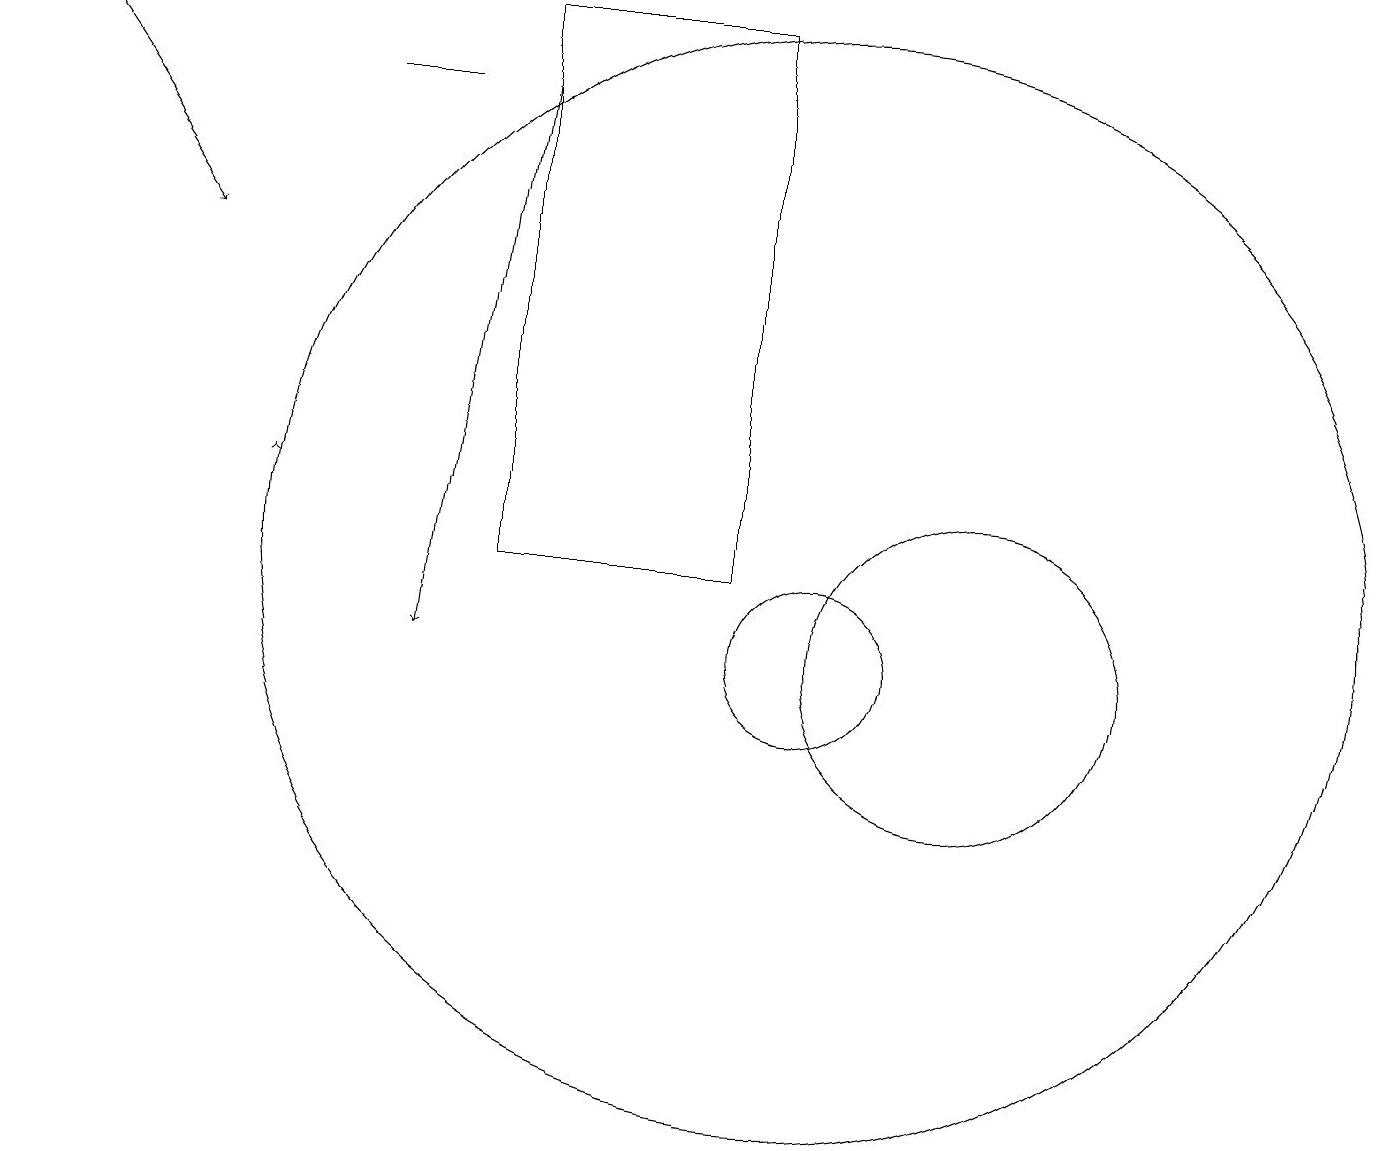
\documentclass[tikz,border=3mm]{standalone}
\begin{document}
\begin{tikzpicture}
\draw[->] (3,12) -- (3,12);
\draw (5,17) rectangle (4,17);
\draw (12,10) circle (2);
\draw (10,10) circle (1);
\draw[->] (6,17) -- (5,10);
\draw (10,11) circle (7);
\draw (6,11) rectangle (9,18);
\draw[->] (0,18) -- (2,15);
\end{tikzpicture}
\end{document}